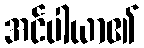
အင်ပါယာ၏